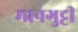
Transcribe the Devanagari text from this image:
मानगुट्टी